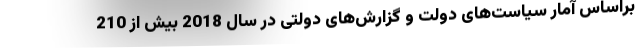
براساس آمار سیاست‌های دولت و گزارش‌های دولتی در سال 2018 بیش از 210